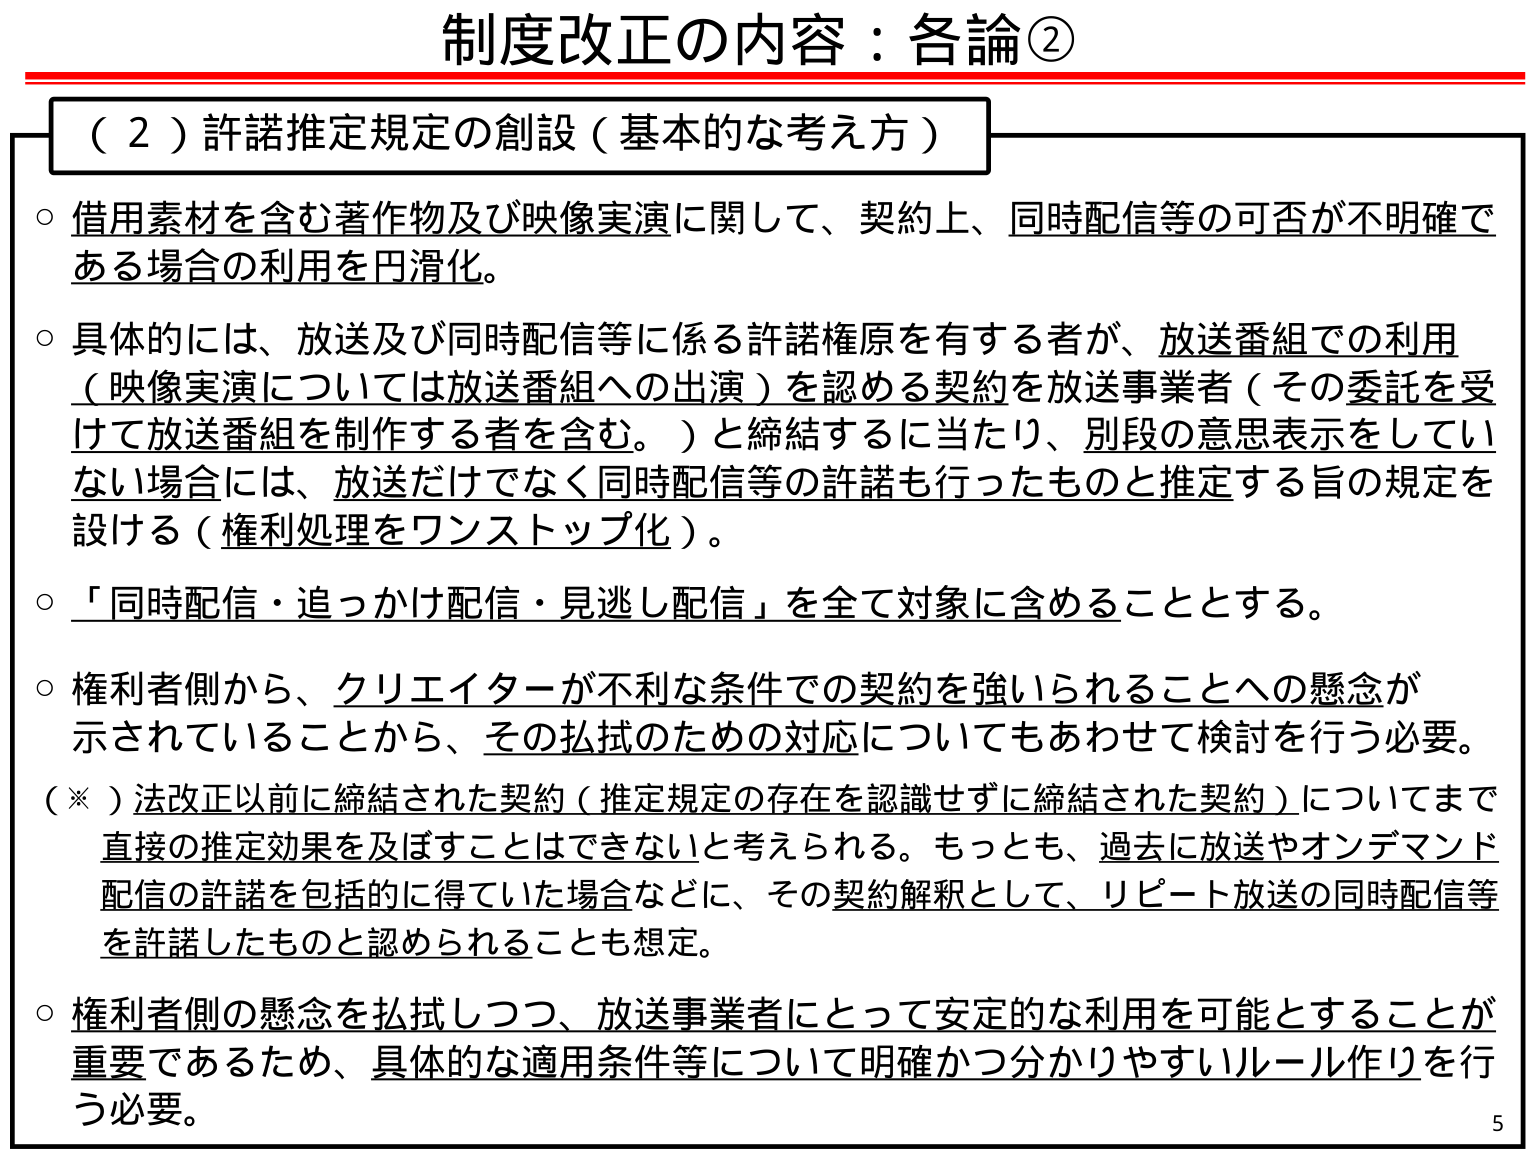
制度改正の内容：各論②

（２）許諾推定規定の創設（基本的な考え方）

○ 借用素材を含む著作物及び映像実演に関して、契約上、同時配信等の可否が不明確である場合の利用を円滑化。

○ 具体的には、放送及び同時配信等に係る許諾権原を有する者が、放送番組での利用（映像実演については放送番組への出演）を認める契約を放送事業者（その委託を受けて放送番組を制作する者を含む。）と締結するに当たり、別段の意思表示をしていない場合には、放送だけでなく同時配信等の許諾も行ったものと推定する旨の規定を設ける（権利処理をワンストップ化）。

○ 「同時配信・追っかけ配信・見逃し配信」を全て対象に含めることとする。

○ 権利者側から、クリエイターが不利な条件での契約を強いられることへの懸念が示されていることから、その払拭のための対応についてもあわせて検討を行う必要。

（※）法改正以前に締結された契約（推定規定の存在を認識せずに締結された契約）についてまで直接の推定効果を及ぼすことはできないと考えられる。もっとも、過去に放送やオンデマンド配信の許諾を包括的に得ていた場合などに、その契約解釈として、リピート放送の同時配信等を許諾したものと認められることも想定。

○ 権利者側の懸念を払拭しつつ、放送事業者にとって安定的な利用を可能とすることが重要であるため、具体的な適用条件等について明確かつ分かりやすいルール作りを行う必要。

5